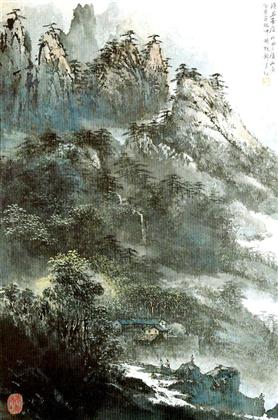
拔剑击大荒，日收胡马群